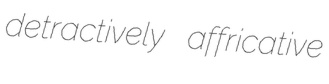
detractively affricative